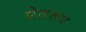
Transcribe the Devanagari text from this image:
प्रेतरूप